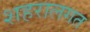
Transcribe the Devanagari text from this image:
शहरालगत